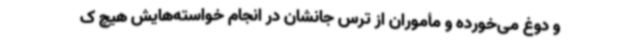
و دوغ می‌خورده و مأموران از ترس جانشان در انجام خواسته‌هایش هیچ ک